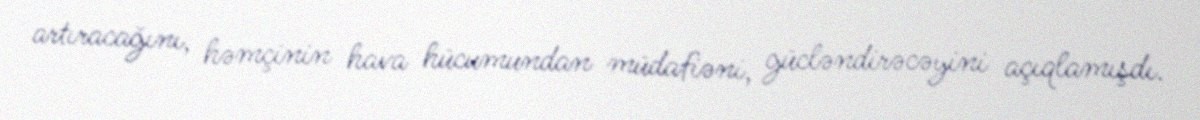
artıracağını, həmçinin hava hücumundan müdafiəni, gücləndirəcəyini açıqlamışdı.